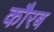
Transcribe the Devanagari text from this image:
कौरब